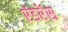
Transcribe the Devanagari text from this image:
एंडरेंस